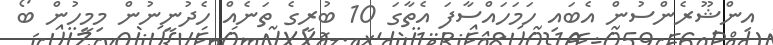
އިންޝޫރެންސުން އެބައި ހަމަހައްސާފަ އެތާގަ 10 ބުރީގެ ތަނެއް ހެދުނީނުން މިމީހުން ބޯ